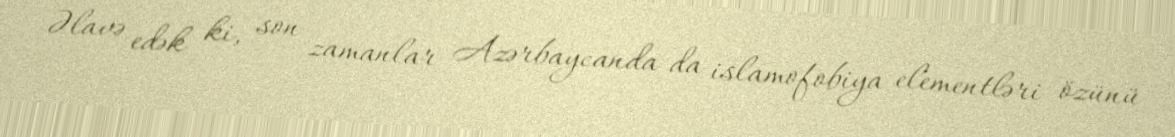
Əlavə edək ki, son zamanlar Azərbaycanda da islamofobiya elementləri özünü